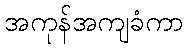
အကုန်အကျခံကာ